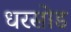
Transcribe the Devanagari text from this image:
धरसोड